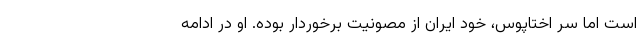
است اما سر اختاپوس، خود ایران از مصونیت برخوردار بوده. او در ادامه